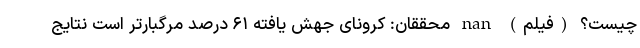
چیست؟ (فیلم) nan محققان: کرونای جهش یافته ۶۱ درصد مرگبارتر است نتایج